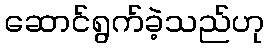
ဆောင်ရွက်ခဲ့သည်ဟု